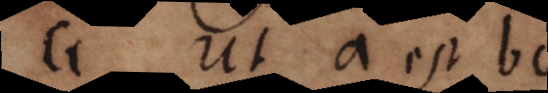
Ut a est bc